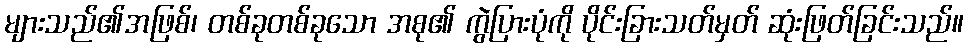
များသည်၏အဖြစ်၊ တစ်ခုတစ်ခုသော အစု၏ ကွဲပြားပုံကို ပိုင်းခြားသတ်မှတ် ဆုံးဖြတ်ခြင်းသည်။